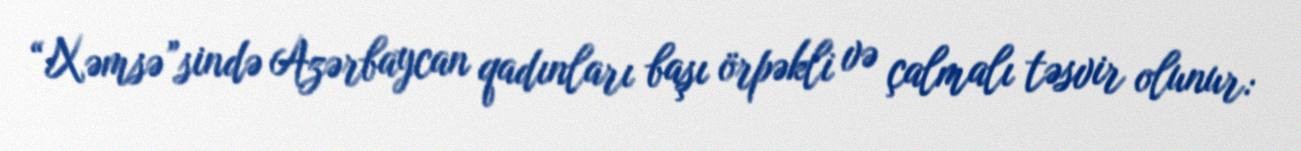
“Xəmsə”sində Azərbaycan qadınları başı örpəkli və çalmalı təsvir olunur: